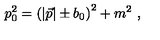
p _ { 0 } ^ { 2 } = \left( | \vec { p } | \pm b _ { 0 } \right) ^ { 2 } + m ^ { 2 } \ ,